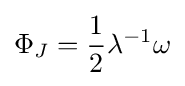
\Phi _{J}={\frac {1}{2}}\lambda ^{-1}\omega